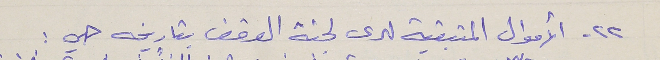
٢٢ - الأموال المتبقية لدى لجنة الوقف بتاريخه هي :